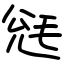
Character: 毤